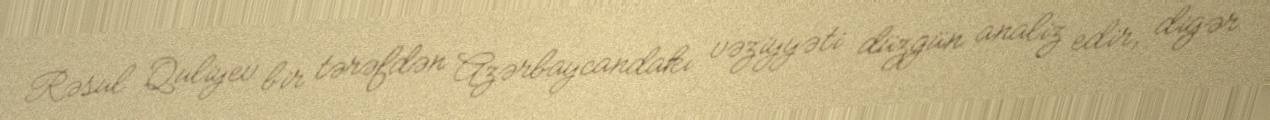
Rəsul Quliyev bir tərəfdən Azərbaycandakı vəziyyəti düzgün analiz edir, digər